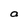
Character: a